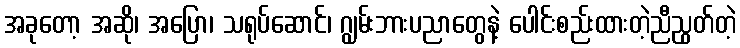
အခုတော့ အဆို၊ အပြော၊ သရုပ်ဆောင်၊ ဂျွမ်းဘားပညာတွေနဲ့ ပေါင်းစည်းထားတဲ့ညီညွတ်တဲ့